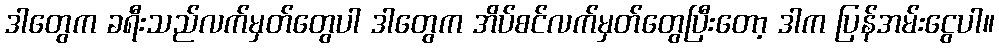
ဒါတွေက ခရီးသည်လက်မှတ်တွေပါ ဒါတွေက အိပ်စင်လက်မှတ်တွေပြီးတော့ ဒါက ပြန်အမ်းငွေပါ။